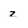
Character: z